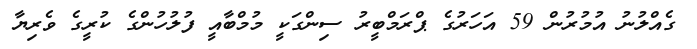
ގެއްލުނު އުމުރުން 59 އަހަރުގެ ޕްރަމްބީރު ސިންގަކީ މުމްބާއީ ފުލުހުންގެ ކުރީގެ ވެރިޔާ